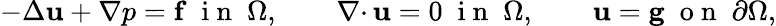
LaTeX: -\Delta{\mathbf u}+\nabla p={\mathbf f}\; \mathrm{~i~n~}\; \Omega,\qquad{{\nabla\cdot}\, }{\mathbf u}=0\; \mathrm{~i~n~}\; \Omega,\qquad{\mathbf u}={\mathbf g}\; \mathrm{~o~n~}\; \partial\Omega,